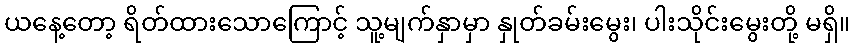
ယနေ့တော့ ရိတ်ထားသောကြောင့် သူ့မျက်နှာမှာ နှုတ်ခမ်းမွေး၊ ပါးသိုင်းမွေးတို့ မရှိ။